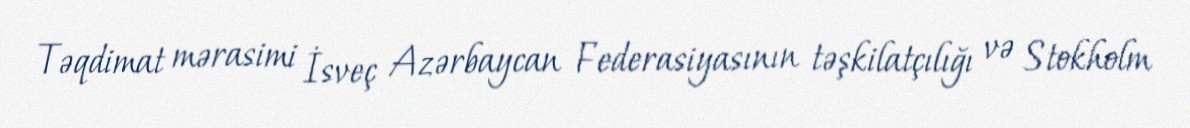
Təqdimat mərasimi İsveç Azərbaycan Federasiyasının təşkilatçılığı və Stokholm